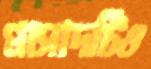
প্রাসাদটিও